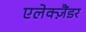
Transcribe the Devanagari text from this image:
एलेक्ज़ैंडर